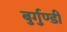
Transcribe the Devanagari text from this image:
बुर्गुण्डी